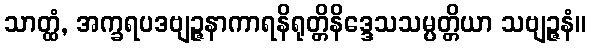
သာတ္ထံ, အက္ခရပဒဗျဉ္ဇနာကာရနိရုတ္တိနိဒ္ဒေသသမ္ပတ္တိယာ သဗျဉ္ဇနံ။